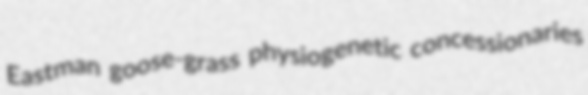
Eastman goose-grass physiogenetic concessionaries